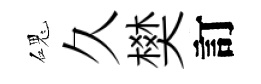
磈久樊訂